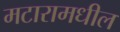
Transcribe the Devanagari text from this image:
मटारामधील